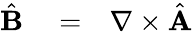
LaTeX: \begin{array}{rlr}{\hat{\mathbf B}}&{{}=}&{\nabla\times\hat{\mathbf A}}\end{array}